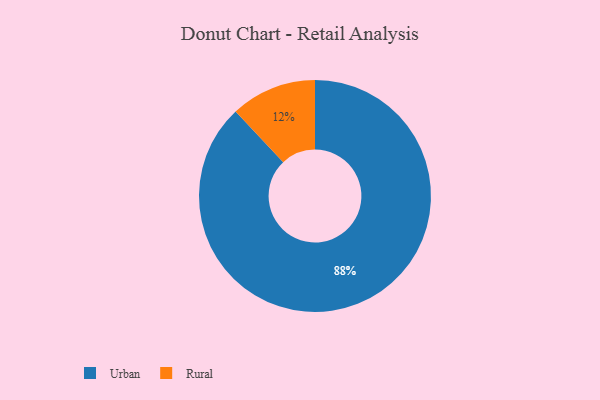
{"axis": {"x": "Category", "y": "Percentage"}, "legend": ["Rural", "Urban"], "data": [{"x": "Rural", "y": 12, "type": "Rural"}, {"x": "Urban", "y": 88, "type": "Urban"}]}